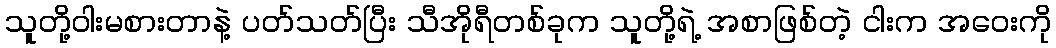
သူတို့ဝါးမစားတာနဲ့ ပတ်သတ်ပြီး သီအိုရီတစ်ခုက သူတို့ရဲ့ အစာဖြစ်တဲ့ ငါးက အဝေးကို